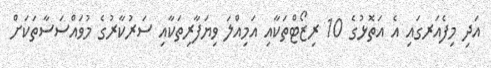
އަދި މިފެއަރގައި އެ އަތޮޅުގެ 10 ރިޒޯޓްތަކާއި އަމިއްލަ ވިޔަފާރިތަކާއި ސަރުކާރުގެ މުވައްސަސާތަކަށް